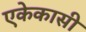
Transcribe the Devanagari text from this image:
एकेकासी